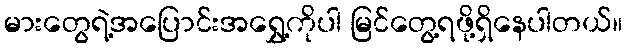
မားတွေရဲ့အပြောင်းအရွှေ့ကိုပါ မြင်တွေ့ရဖို့ရှိနေပါတယ်။